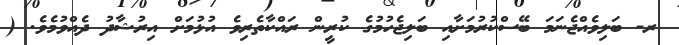
ރ- ބަލިވެއްޖެނަމަ ބޭސްކުރުމަށާއި ބަލިޖެހުމުގެ ކުރީން ރައްކާތެރިވެ އުޅުމަށް އިރުޝާދު ދެއްވުމެވެ. (